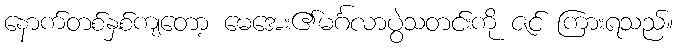
နောက်တစ်နှစ်ကျတော့ မေအေး၏မင်္ဂလာပွဲသတင်းကို ဇင် ကြားရသည်။